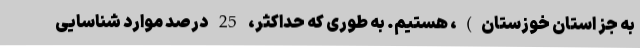
به جز استان خوزستان)، هستیم. به طوری که حداکثر، 25 درصد موارد شناسایی